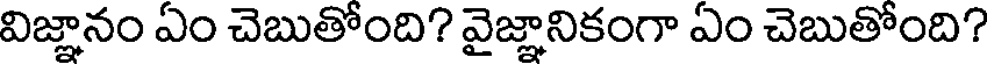
విజ్ఞానం ఏం చెబుతోంది? వైజ్ఞానికంగా ఏం చెబుతోంది?